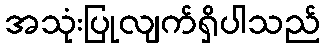
အသုံးပြုလျက်ရှိပါသည်